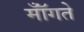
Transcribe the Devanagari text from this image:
मॉँगते